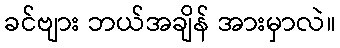
ခင်ဗျား ဘယ်အချိန် အားမှာလဲ။